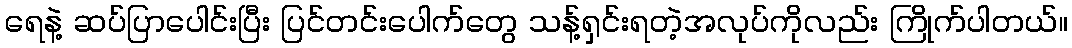
ရေနဲ့ ဆပ်ပြာပေါင်းပြီး ပြင်တင်းပေါက်တွေ သန့်ရှင်းရတဲ့အလုပ်ကိုလည်း ကြိုက်ပါတယ်။